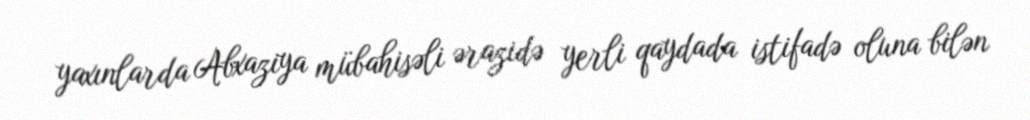
yaxınlarda Abxaziya mübahisəli ərazidə yerli qaydada istifadə oluna bilən